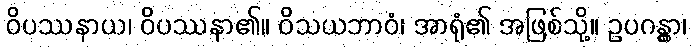
ဝိပဿနာယ၊ ဝိပဿနာ၏။ ဝိသယဘာဝံ၊ အာရုံ၏ အဖြစ်သို့။ ဥပဂန္တွာ၊